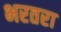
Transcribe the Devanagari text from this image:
भरतरा